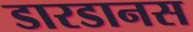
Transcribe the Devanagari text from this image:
डारडानस